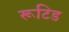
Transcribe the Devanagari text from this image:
रूटिड